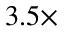
3 . 5 \times